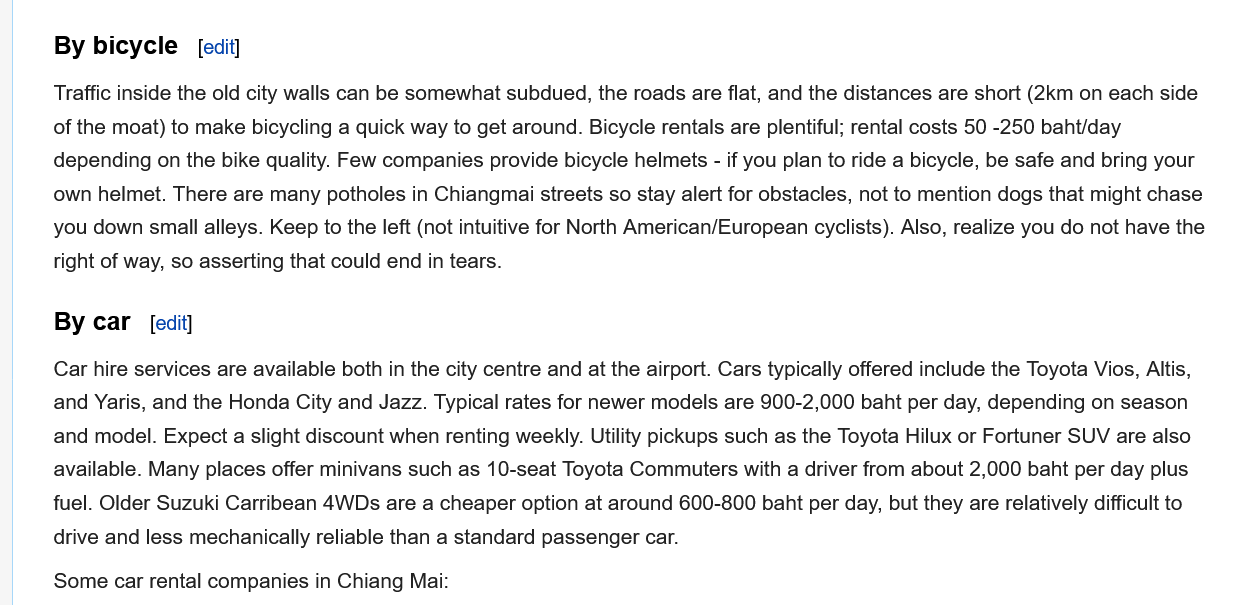
By  bicycle
     By  car
     Traffic inside the old city walls can be somewhat subdued, the roads are flat, and the distances are short (2km on each side
     of the moat) to make bicycling a quick way to get around. Bicycle rentals are plentiful; rental costs 50 -250 baht/day
     depending on the bike quality. Few companies provide bicycle helmets - if you plan to ride a bicycle, be safe and bring your
     own helmet. There are many potholes in Chiangmai streets so stay alert for obstacles, not to mention dogs that might chase
     you down small alleys. Keep to the left (not intuitive for North American/European cyclists). Also, realize you do not have the
     right of way, so asserting that could end in tears.
     Car hire services are available both in the city centre and at the airport. Cars typically offered include the Toyota Vios, Altis,
     and Yaris, and the Honda City and Jazz. Typical rates for newer models are 900-2,000 baht per day, depending on season
     and model. Expect a slight discount when renting weekly. Utility pickups such as the Toyota Hilux or Fortuner SUV are also
     available. Many places offer minivans such as 10-seat Toyota Commuters with a driver from about 2,000 baht per day plus
     fuel. Older Suzuki Carribean 4WDs are a cheaper option at around 600-800 baht per day, but they are relatively difficult to
     drive and less mechanically reliable than a standard passenger car.
     Some car rental companies in Chiang Mai: